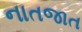
નાતજાત